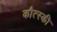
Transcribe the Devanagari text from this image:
कौत्स्की